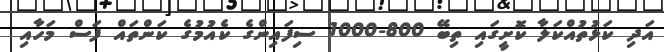
އަދި ކަޅުތުއްކަލާ ކޮށީގައި ތިބޭ 800-1000 ސިފައިންގެ ކެއުމުގެ ކަންތައް ފަސް މަހާއި